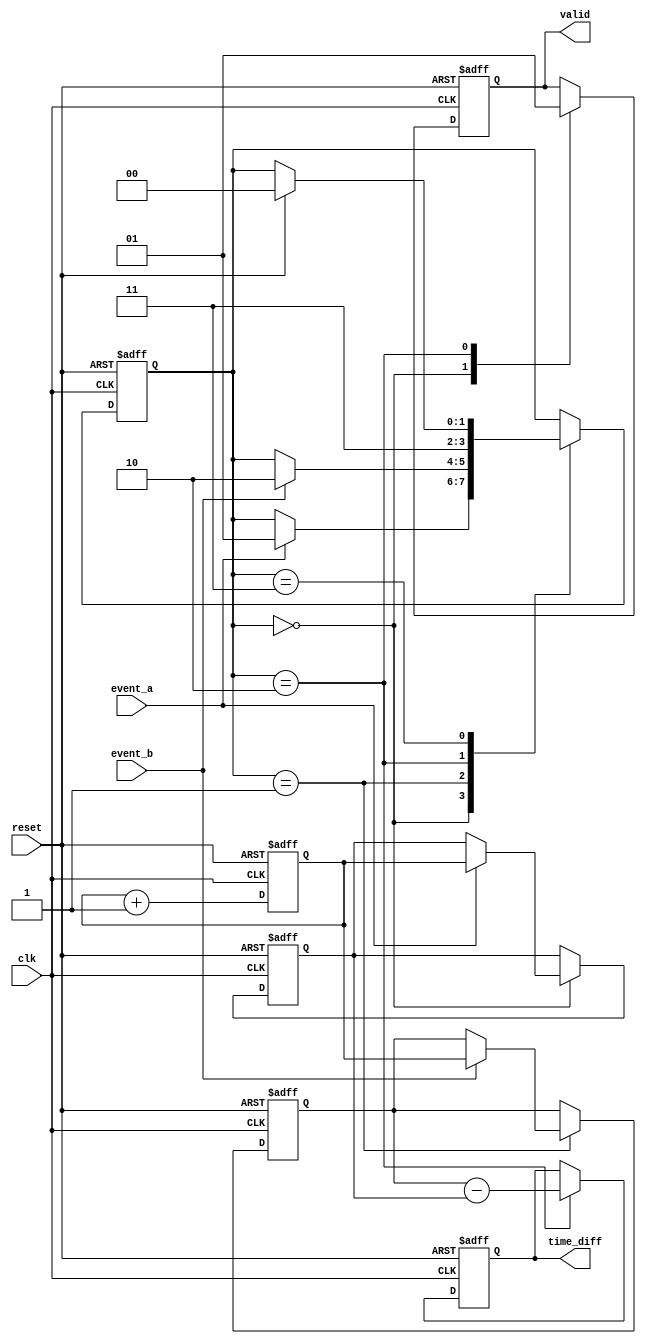
module memory_blocks_tdc (
    input wire clk,              // Clock signal
    input wire reset,            // Reset signal
    input wire event_a,          // Event A input
    input wire event_b,          // Event B input
    output reg [31:0] time_diff, // Time difference output
    output reg valid             // Output valid signal
);

    // Internal registers to store timestamps
    reg [31:0] timestamp_a;
    reg [31:0] timestamp_b;
    reg [1:0] state;             // State for FSM
    reg [31:0] clock_count;      // Clock counter

    // State encoding
    localparam IDLE = 2'b00;
    localparam CAPTURE_A = 2'b01;
    localparam CAPTURE_B = 2'b10;
    localparam CALCULATE = 2'b11;

    // Clock counter to track time
    always @(posedge clk or posedge reset) begin
        if (reset) begin
            clock_count <= 32'b0;
        end else begin
            clock_count <= clock_count + 1;
        end
    end

    // Event detection and state machine
    always @(posedge clk or posedge reset) begin
        if (reset) begin
            state <= IDLE;
            timestamp_a <= 32'b0;
            timestamp_b <= 32'b0;
            time_diff <= 32'b0;
            valid <= 1'b0;
        end else begin
            case (state)
                IDLE: begin
                    valid <= 1'b0; // Clear valid signal
                    if (event_a) begin
                        timestamp_a <= clock_count; // Capture time for Event A
                        state <= CAPTURE_A;
                    end
                end
                CAPTURE_A: begin
                    if (event_b) begin
                        timestamp_b <= clock_count; // Capture time for Event B
                        state <= CAPTURE_B;
                    end
                end
                CAPTURE_B: begin
                    time_diff <= timestamp_b - timestamp_a; // Calculate time difference
                    valid <= 1'b1; // Set valid signal
                    state <= CALCULATE;
                end
                CALCULATE: begin
                    // Remain in CALCULATE state until reset
                    if (reset) begin
                        state <= IDLE; // Go back to IDLE when reset
                    end
                end
            endcase
        end
    end

endmodule